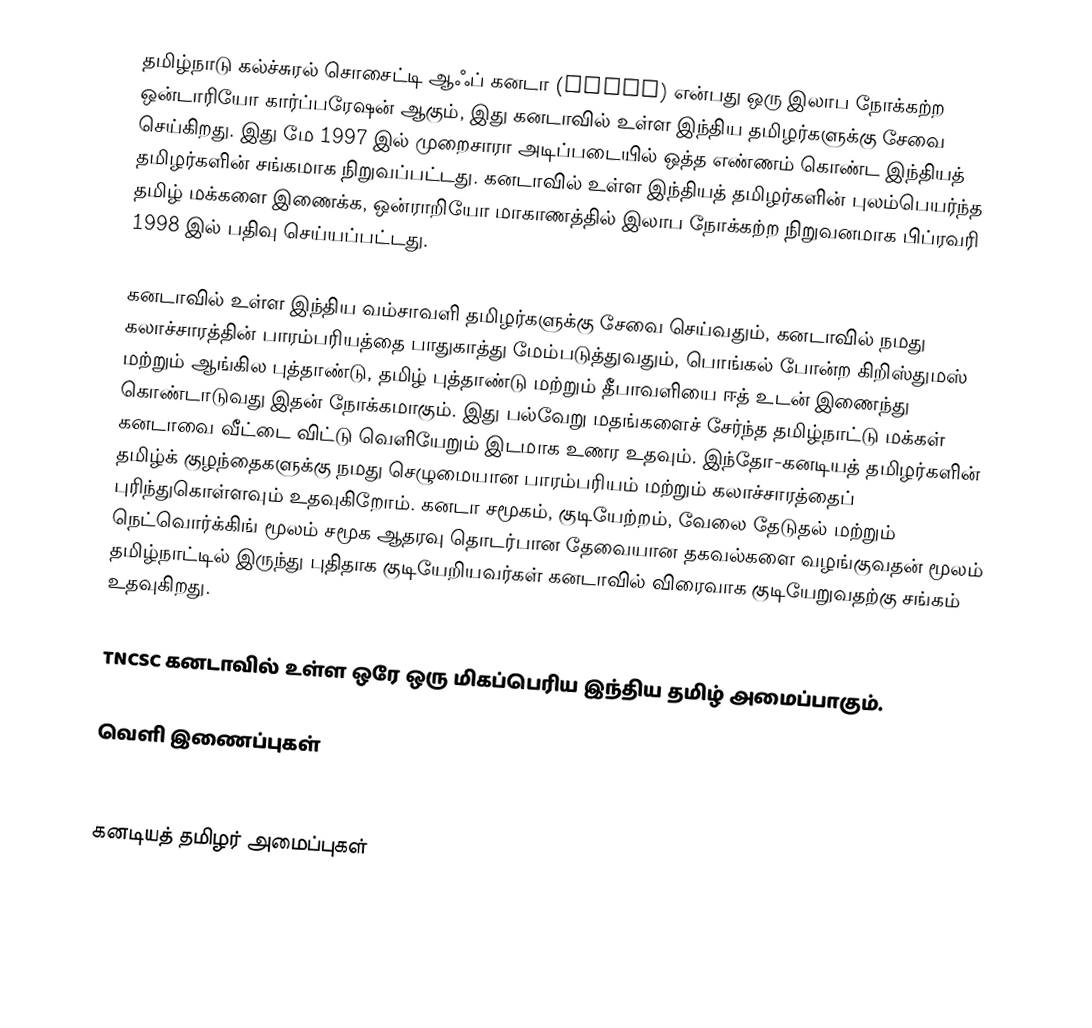
தமிழ்நாடு கல்ச்சுரல் சொசைட்டி ஆஃப் கனடா (TNCSC) என்பது ஒரு இலாப நோக்கற்ற ஒன்டாரியோ கார்ப்பரேஷன் ஆகும், இது கனடாவில் உள்ள இந்திய தமிழர்களுக்கு சேவை செய்கிறது. இது மே 1997 இல் முறைசாரா அடிப்படையில் ஒத்த எண்ணம் கொண்ட இந்தியத் தமிழர்களின் சங்கமாக நிறுவப்பட்டது. கனடாவில் உள்ள இந்தியத் தமிழர்களின் புலம்பெயர்ந்த தமிழ் மக்களை இணைக்க, ஒன்ராறியோ மாகாணத்தில் இலாப நோக்கற்ற நிறுவனமாக பிப்ரவரி 1998 இல் பதிவு செய்யப்பட்டது.

கனடாவில் உள்ள இந்திய வம்சாவளி தமிழர்களுக்கு சேவை செய்வதும், கனடாவில் நமது கலாச்சாரத்தின் பாரம்பரியத்தை பாதுகாத்து மேம்படுத்துவதும், பொங்கல் போன்ற கிறிஸ்துமஸ் மற்றும் ஆங்கில புத்தாண்டு, தமிழ் புத்தாண்டு மற்றும் தீபாவளியை ஈத் உடன் இணைந்து கொண்டாடுவது இதன் நோக்கமாகும். இது பல்வேறு மதங்களைச் சேர்ந்த தமிழ்நாட்டு மக்கள் கனடாவை வீட்டை விட்டு வெளியேறும் இடமாக உணர உதவும். இந்தோ-கனடியத் தமிழர்களின் தமிழ்க் குழந்தைகளுக்கு நமது செழுமையான பாரம்பரியம் மற்றும் கலாச்சாரத்தைப் புரிந்துகொள்ளவும் உதவுகிறோம். கனடா சமூகம், குடியேற்றம், வேலை தேடுதல் மற்றும் நெட்வொர்க்கிங் மூலம் சமூக ஆதரவு தொடர்பான தேவையான தகவல்களை வழங்குவதன் மூலம் தமிழ்நாட்டில் இருந்து புதிதாக குடியேறியவர்கள் கனடாவில் விரைவாக குடியேறுவதற்கு சங்கம் உதவுகிறது.

TNCSC கனடாவில் உள்ள ஒரே ஒரு மிகப்பெரிய இந்திய தமிழ் அமைப்பாகும்.

வெளி இணைப்புகள்
 http://www.tncsc.com/

கனடியத் தமிழர் அமைப்புகள்